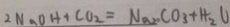
2 N _ { 2 } O H + C O _ { 2 } = N _ { 2 } C O _ { 3 } + H _ { 2 } O